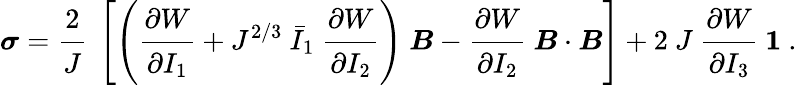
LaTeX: {\boldsymbol{\sigma}}={\cfrac{2}{J}}~\left[\left({\cfrac{\partial W}{\partial I_{1}}}+J^{2/3}~{\bar{I}}_{1}~{\cfrac{\partial W}{\partial I_{2}}}\right)~{\boldsymbol{B}}-{\cfrac{\partial W}{\partial I_{2}}}~{\boldsymbol{B}}\cdot{\boldsymbol{B}}\right]+2~J~{\cfrac{\partial W}{\partial I_{3}}}~{\boldsymbol{\mathit{1}}}~.